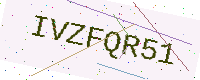
Text: IVZFQR51